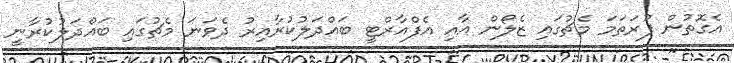
އެގޮތުން ފުރަތަމަ މެޗުގައި ޒެލޯން އާއި އެފްއާރްޓީ ބައްދަލުކުރާއިރު ދެވަނަ މެޗުގައި ބައްދަލުކުރާނީ